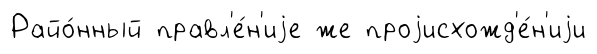
Райо́нный правл'е́н'иjе же проjисхожд'е́н'иjи